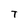
Character: T